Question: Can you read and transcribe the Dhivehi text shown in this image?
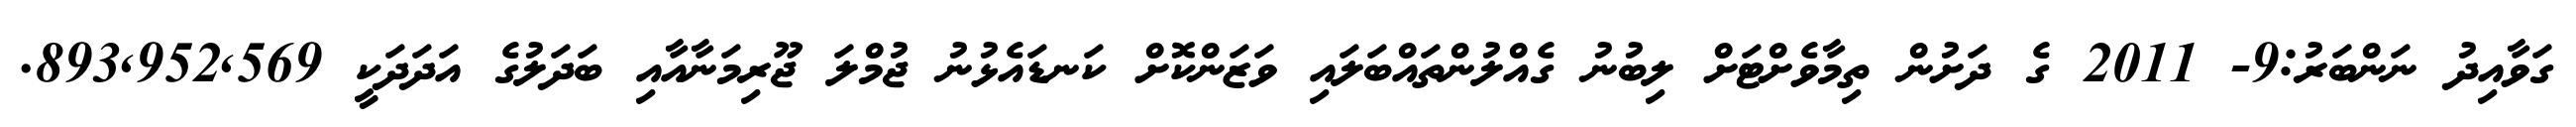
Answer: ގަވާއިދު ނަންބަރު:9- 2011 ގެ ދަށުން ތިމާވެށްޓަށް ލިބުނު ގެއްލުންތައްބަލައި ވަޒަންކޮށް ކަނޑައެޅުނު ޖުމްލަ ޖޫރިމަނާއާއި ބަދަލުގެ އަދަދަކީ 893,952,569.